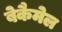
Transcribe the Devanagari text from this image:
बेकैमेल